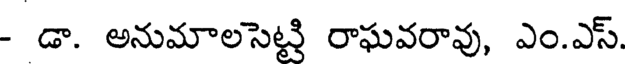
- డా. అనుమాలసెట్టి రాఘవరావు, ఎం.ఎస్.